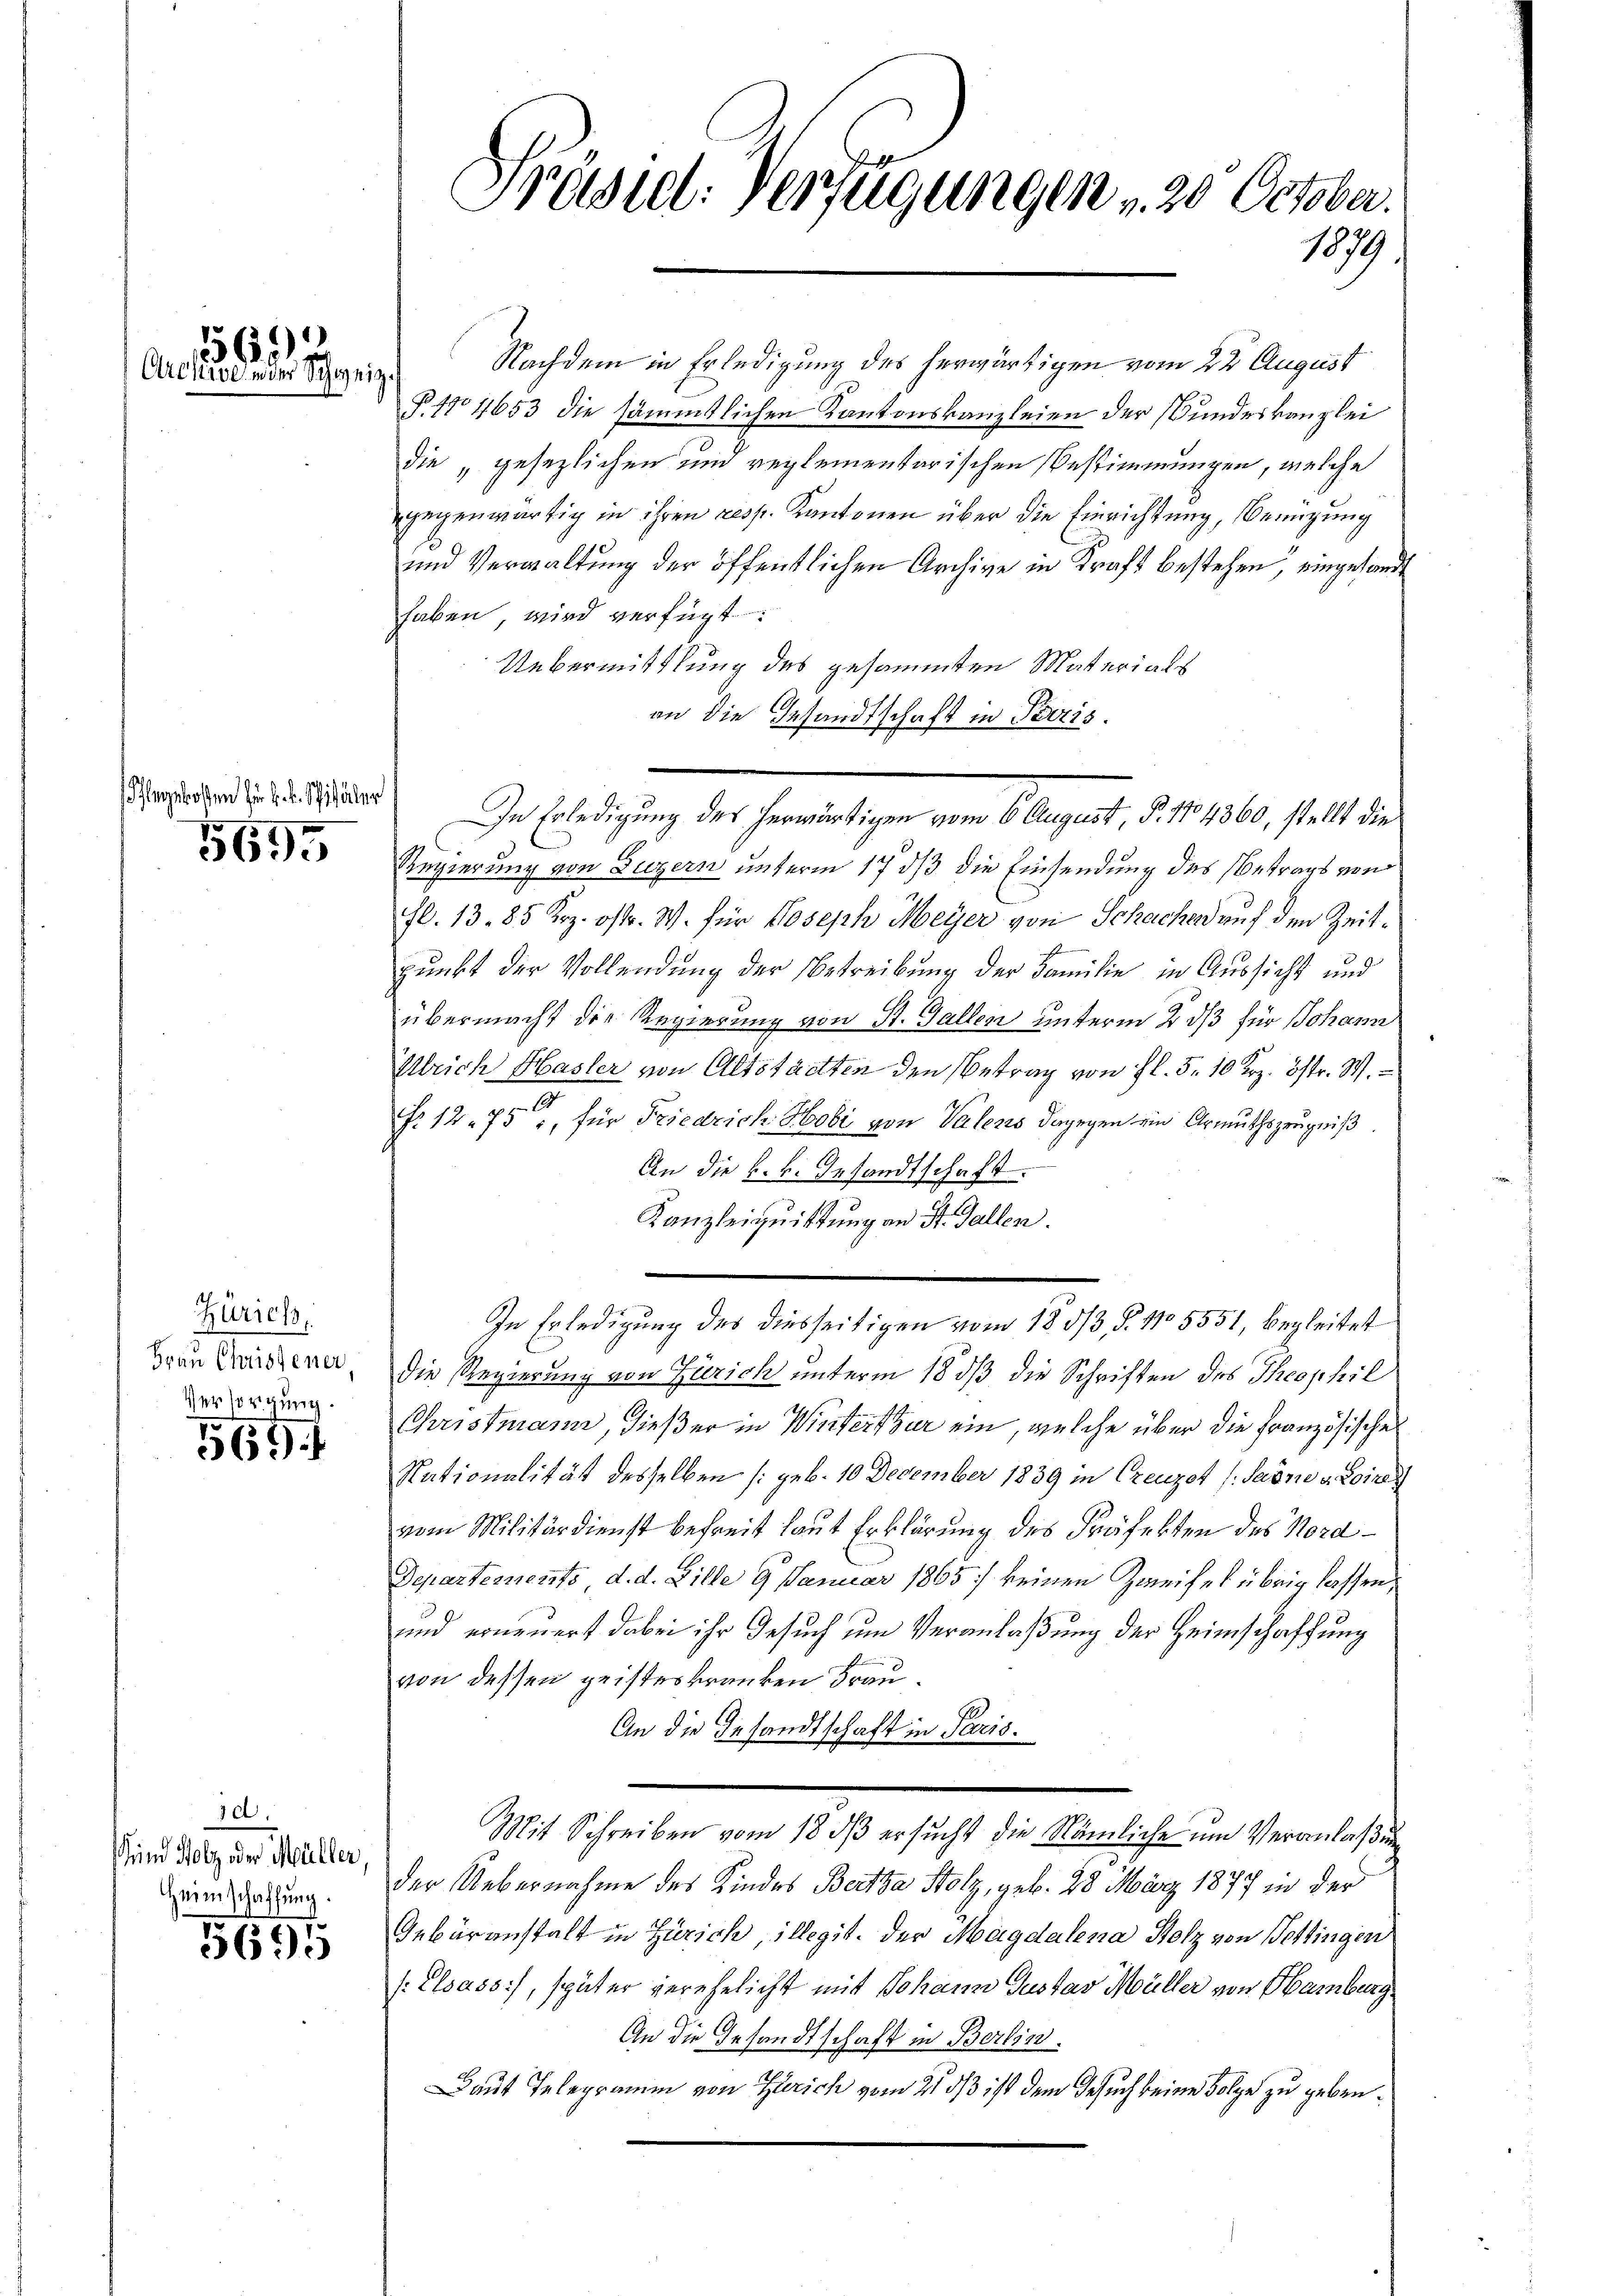
569
Archive, in der Schwei

Pflegekosten zu k. k. Spitäler

5695

Zürich,
Frau Christener
Versorgung.

569

d.
und Holz der Müller,
Heimschaffung.

5695

1

Präsiel. Verfügungen , 20 October.
1879.

Nachdem in Erledigung des herwärtigen vom 22 August
P. 14653 die sämmtlichen Kantonskanzleien der Bundeskanzlei
die „gesezlichen und reglementarischen Bestimmungen, welche
gegenwärtig in ihren resp. Kantonen über die Einrichtung, Bemühung
und Verwaltung der öffentlichen Archive in Kraft bestehen, eingesandt
haben wird verfügt:
Uebermittlung des gesammten Materials
an die Gesandtschaft in Bris
In Erledigung des herwärtigen vom 6 August, P. 1704360, stellt die
Regierung von Luzern unterm 17 dß die Einsendung des Betrags von
fl. 13. 85 Krz. ostr. W. für Joseph Meyer von Schachen auf den Zeitpunkt der Vollendung der Betreibung der Familie in Aussicht und
übermacht die Regierung von St. Gallen unterm 2 dß für Johann
Ulrich Hasler von Altstaetten den Betrag von fl. 5. 10 Krz. östr. W.
.
f. 1275, für Friedrich Hobi von Valens dagegen ein Armuthszeugniß
An die k. k. Gesandtschaft.
Kanzleiquittung an St. Gallen.
In Erledigung des diesseitigen vom 18 1/3. §. 1105551, begleitet
Die Regierung von Zürich unterm 18 dß die Schriften des Theophil
Christmann, dießer in Winterthur ein, welche über die Französische
Nationalität desselben (geb. 10 December 1839 in Creuzet (Sarne v. Loine
vom Militärdienst befreit laut Erklärung des Präfekten des Nord¬
Departements, d. d. Bille 9 Januar 1865] keinen Zweifel übrig lassen,
und erneuert dabei ihr Gesuch um Veranlaßung der Heimschaffung
von dessen geisteskranken Frau¬
An die Gesandtschaft in Paris.
Mit Schreiben vom 18 dß ersucht die Nämliche um Veranlaßung
der Uebernahme des Kindes Bertha Holz, geb. 28. März 1877 in der
Gebäranstalt in Zürich, illegit. Der Magdalena Holz von Pottingen
(Elsass, später verehelicht mit Johann Gustav Müller von Hamburg
An die Gesandtschaft in Berlin.
Daut Telegramm von Zürich vom 21. ds ist dem Gesuch kein Folge zu geben.